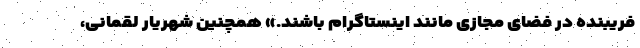
فریبنده در فضای مجازی مانند اینستاگرام باشند.» همچنین شهریار لقمانی،